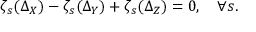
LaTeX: \zeta _ { s } ( \Delta _ { X } ) - \zeta _ { s } ( \Delta _ { Y } ) + \zeta _ { s } ( \Delta _ { Z } ) = 0 , \quad \forall s .